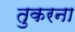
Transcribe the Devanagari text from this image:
तुकरना